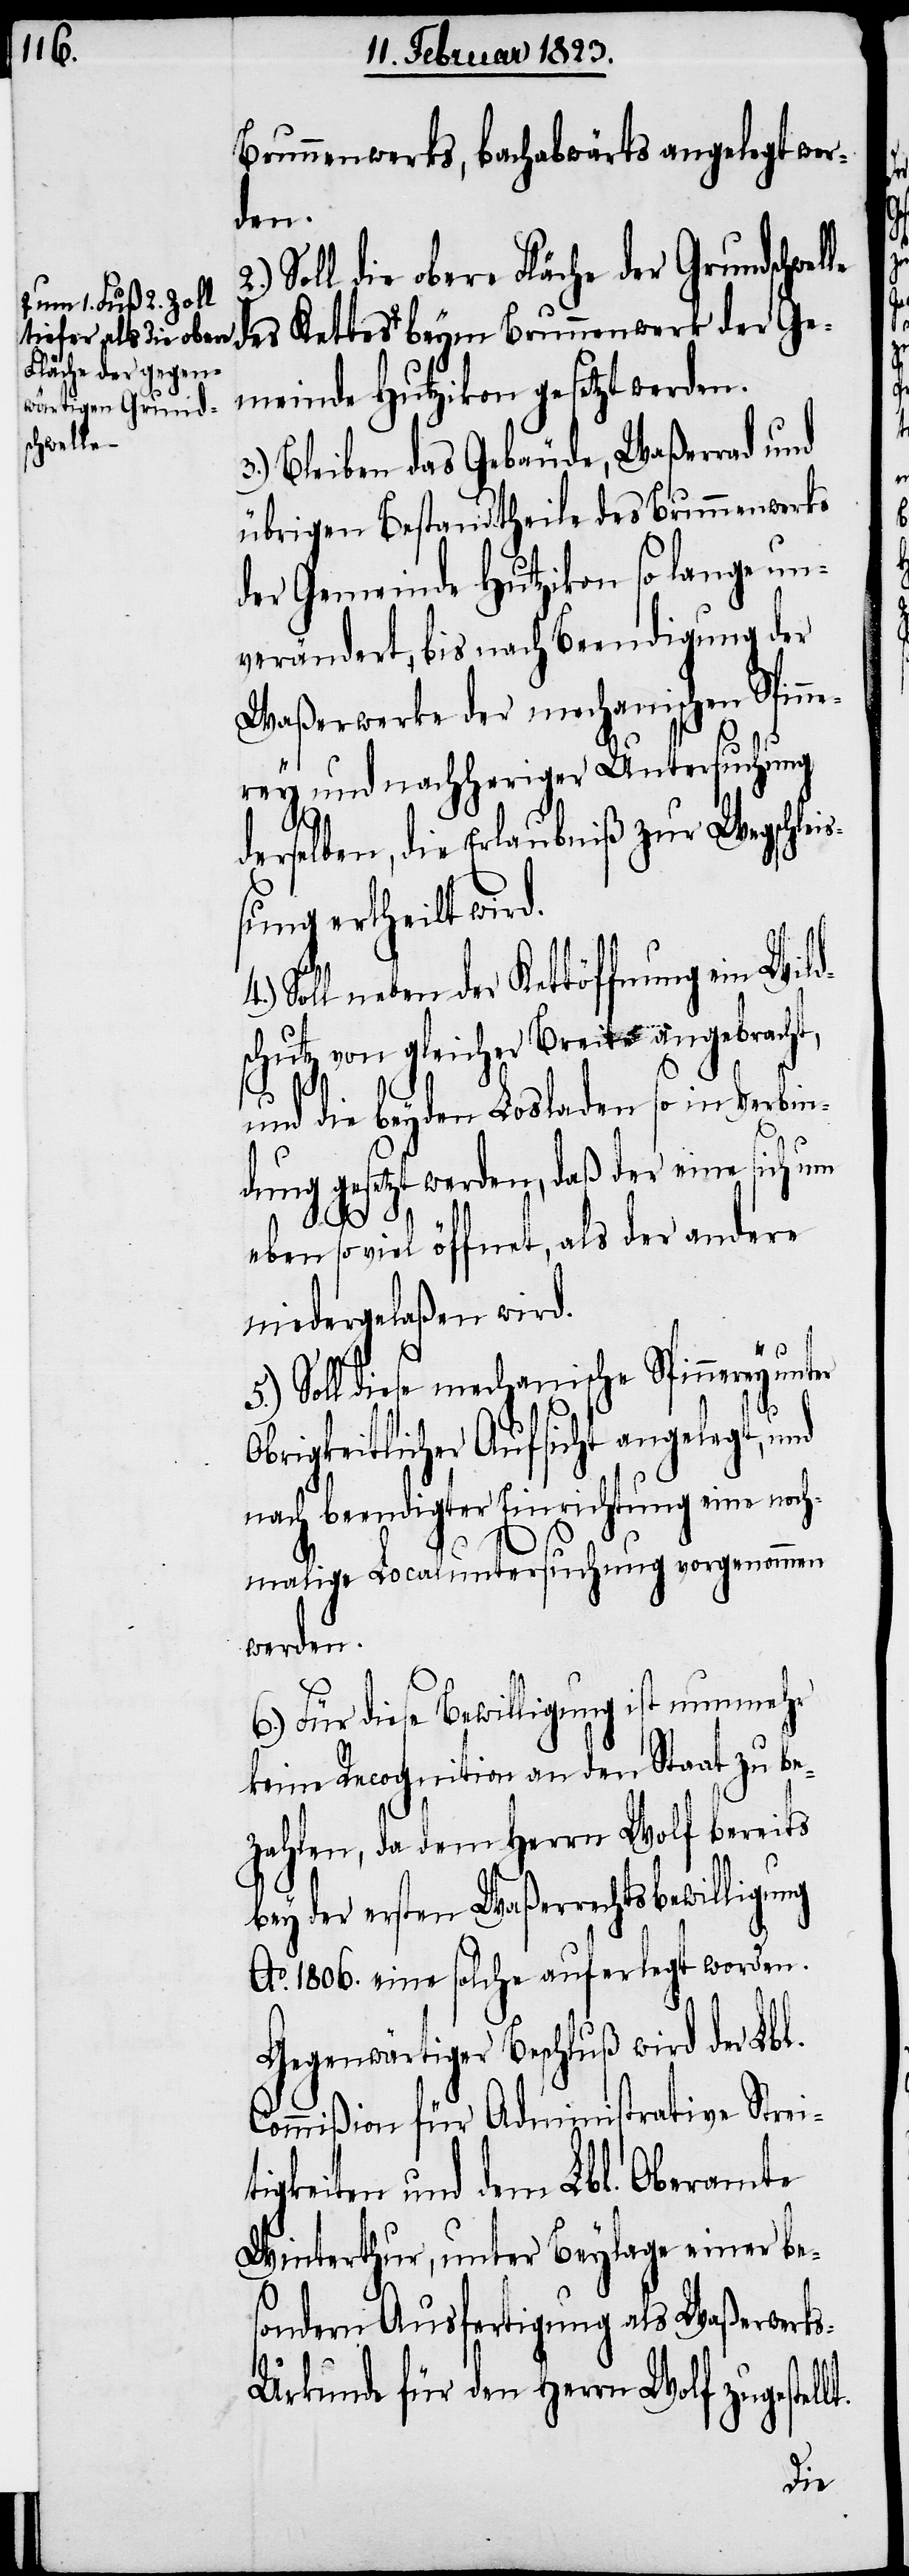
a-um 1. Fuß 2. Zoll
tiefer als die obere
Fläche der gegen¬
wärtigen Grund¬
schwelle

Brunnenwerks, bachabwärts angelegt wer¬
der
Soll die obere Fläche der Grundschwel¬
Gemeinde Hutzikon gesetzt werden.
3.) Bleiben das Gebäude, Waßerrad und
übrigen Bestandtheile des Brunnenwerks
der Gemeinde Hutzikon so lange un¬
verändert, bis nach Beendigung der
Waßerwerke der mechanischen Spinne¬
rey und nachheriger Untersuchung
lt.
le
derselben, die Erlaubniß zur Wegschlei¬
ßung ertheilt wird.
neben der Kettöffnung ein Wild¬
schutz von gleicher Breite angebracht,
und die beyden Losladen so in Verbin¬
dung gesetzt werden, daß der eine sich um
eben so viel öffnet, als der andere
niedergelaßen wird.
5.) Soll diese mechanische Spinnerey unter
Obrigkeitlicher Aufsicht angelegt, und
nach beendigter Einrichtung eine noch¬
malige Localuntersuchung vorgenommen
werden.
6.) Für diese Bewilligung ist nunmehr
keine Recognition an den Staat zu be¬
zahlen, da dem Herrn Wolf bereits
bey der ersten Waßerrechtsbewilligung
Ao. 1806. eine solche auferlegt worden.
Gegenwärtiger Beschluß wird der Lbl.
Commißion für Administrative Strei¬
tigkeiten und dem Lbl. Oberamte
Winterthur, unter Beylage einer be¬
sondern Ausfertigung als Waßerwerk¬
s-Urkunde für den Herrn Wolf zugestel¬